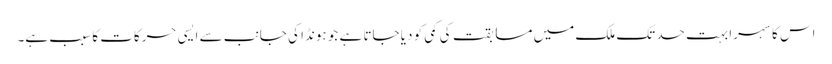
اس کا سہرا بہت حد تک ملک میں مسابقت کی کمی کو دیا جاتا ہے جو ہونڈا کی جانب سے ایسی حرکات کا سبب ہے۔